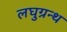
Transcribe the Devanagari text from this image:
लघुग्रन्थ